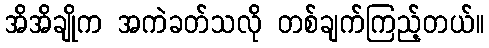
အိအိချိုက အကဲခတ်သလို တစ်ချက်ကြည့်တယ်။